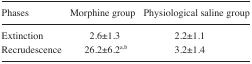
| Phases | Morphine group | Physiological saline group |
 | --- | --- | --- |
 | Extinction | 2.6±1.3 | 2.2±1.1 |
 | Recrudescence | 26.2±6.2a,b | 3.2±1.4 |